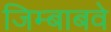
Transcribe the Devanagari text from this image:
जिम्बाबवे